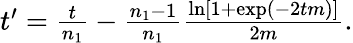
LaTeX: \begin{array}{r}{t^{\prime}=\frac{t}{n_{1}}-\frac{n_{1}-1}{n_{1}}\frac{\ln[1+\exp(-2tm)]}{2m}.}\end{array}